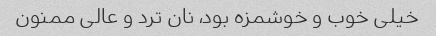
خیلی خوب و خوشمزه بود، نان ترد و عالی ممنون